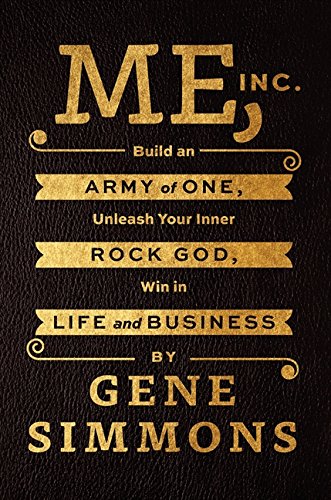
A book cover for Me, Inc.: Build an Army of One, Unleash Your Inner Rock God, Win in Life and Business; Gene Simmons; Business & Money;